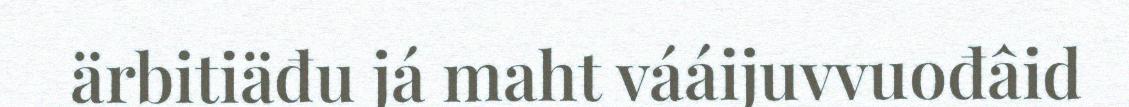
ärbitiäđu já maht vááijuvvuođâid